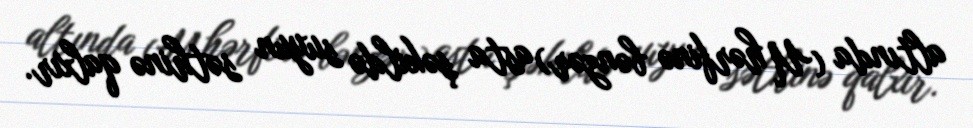
altında (U hərfinə bənzər) asta şəkildə suyun səthinə qalxır.